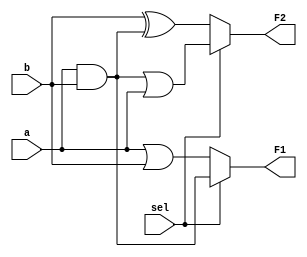
module combinational_logic_block (
    input wire a,         // Input signal a
    input wire b,         // Input signal b
    input wire sel,       // Select signal for multiplexing
    output wire F1,       // Output for function F1
    output wire F2        // Output for function F2
);

// Common logic that can be shared
wire common_logic;

// Example: Common logic shared by F1 and F2
assign common_logic = a & b; // Example of shared logic (AND gate)

// Function F1 using common logic
assign F1 = (sel) ? common_logic : (a | b); // F1 = common_logic if sel=1, else F1 = a OR b

// Function F2 using common logic
assign F2 = (sel) ? (common_logic | a) : (b ^ common_logic); // F2 = common_logic OR a if sel=1, else F2 = b XOR common_logic

endmodule